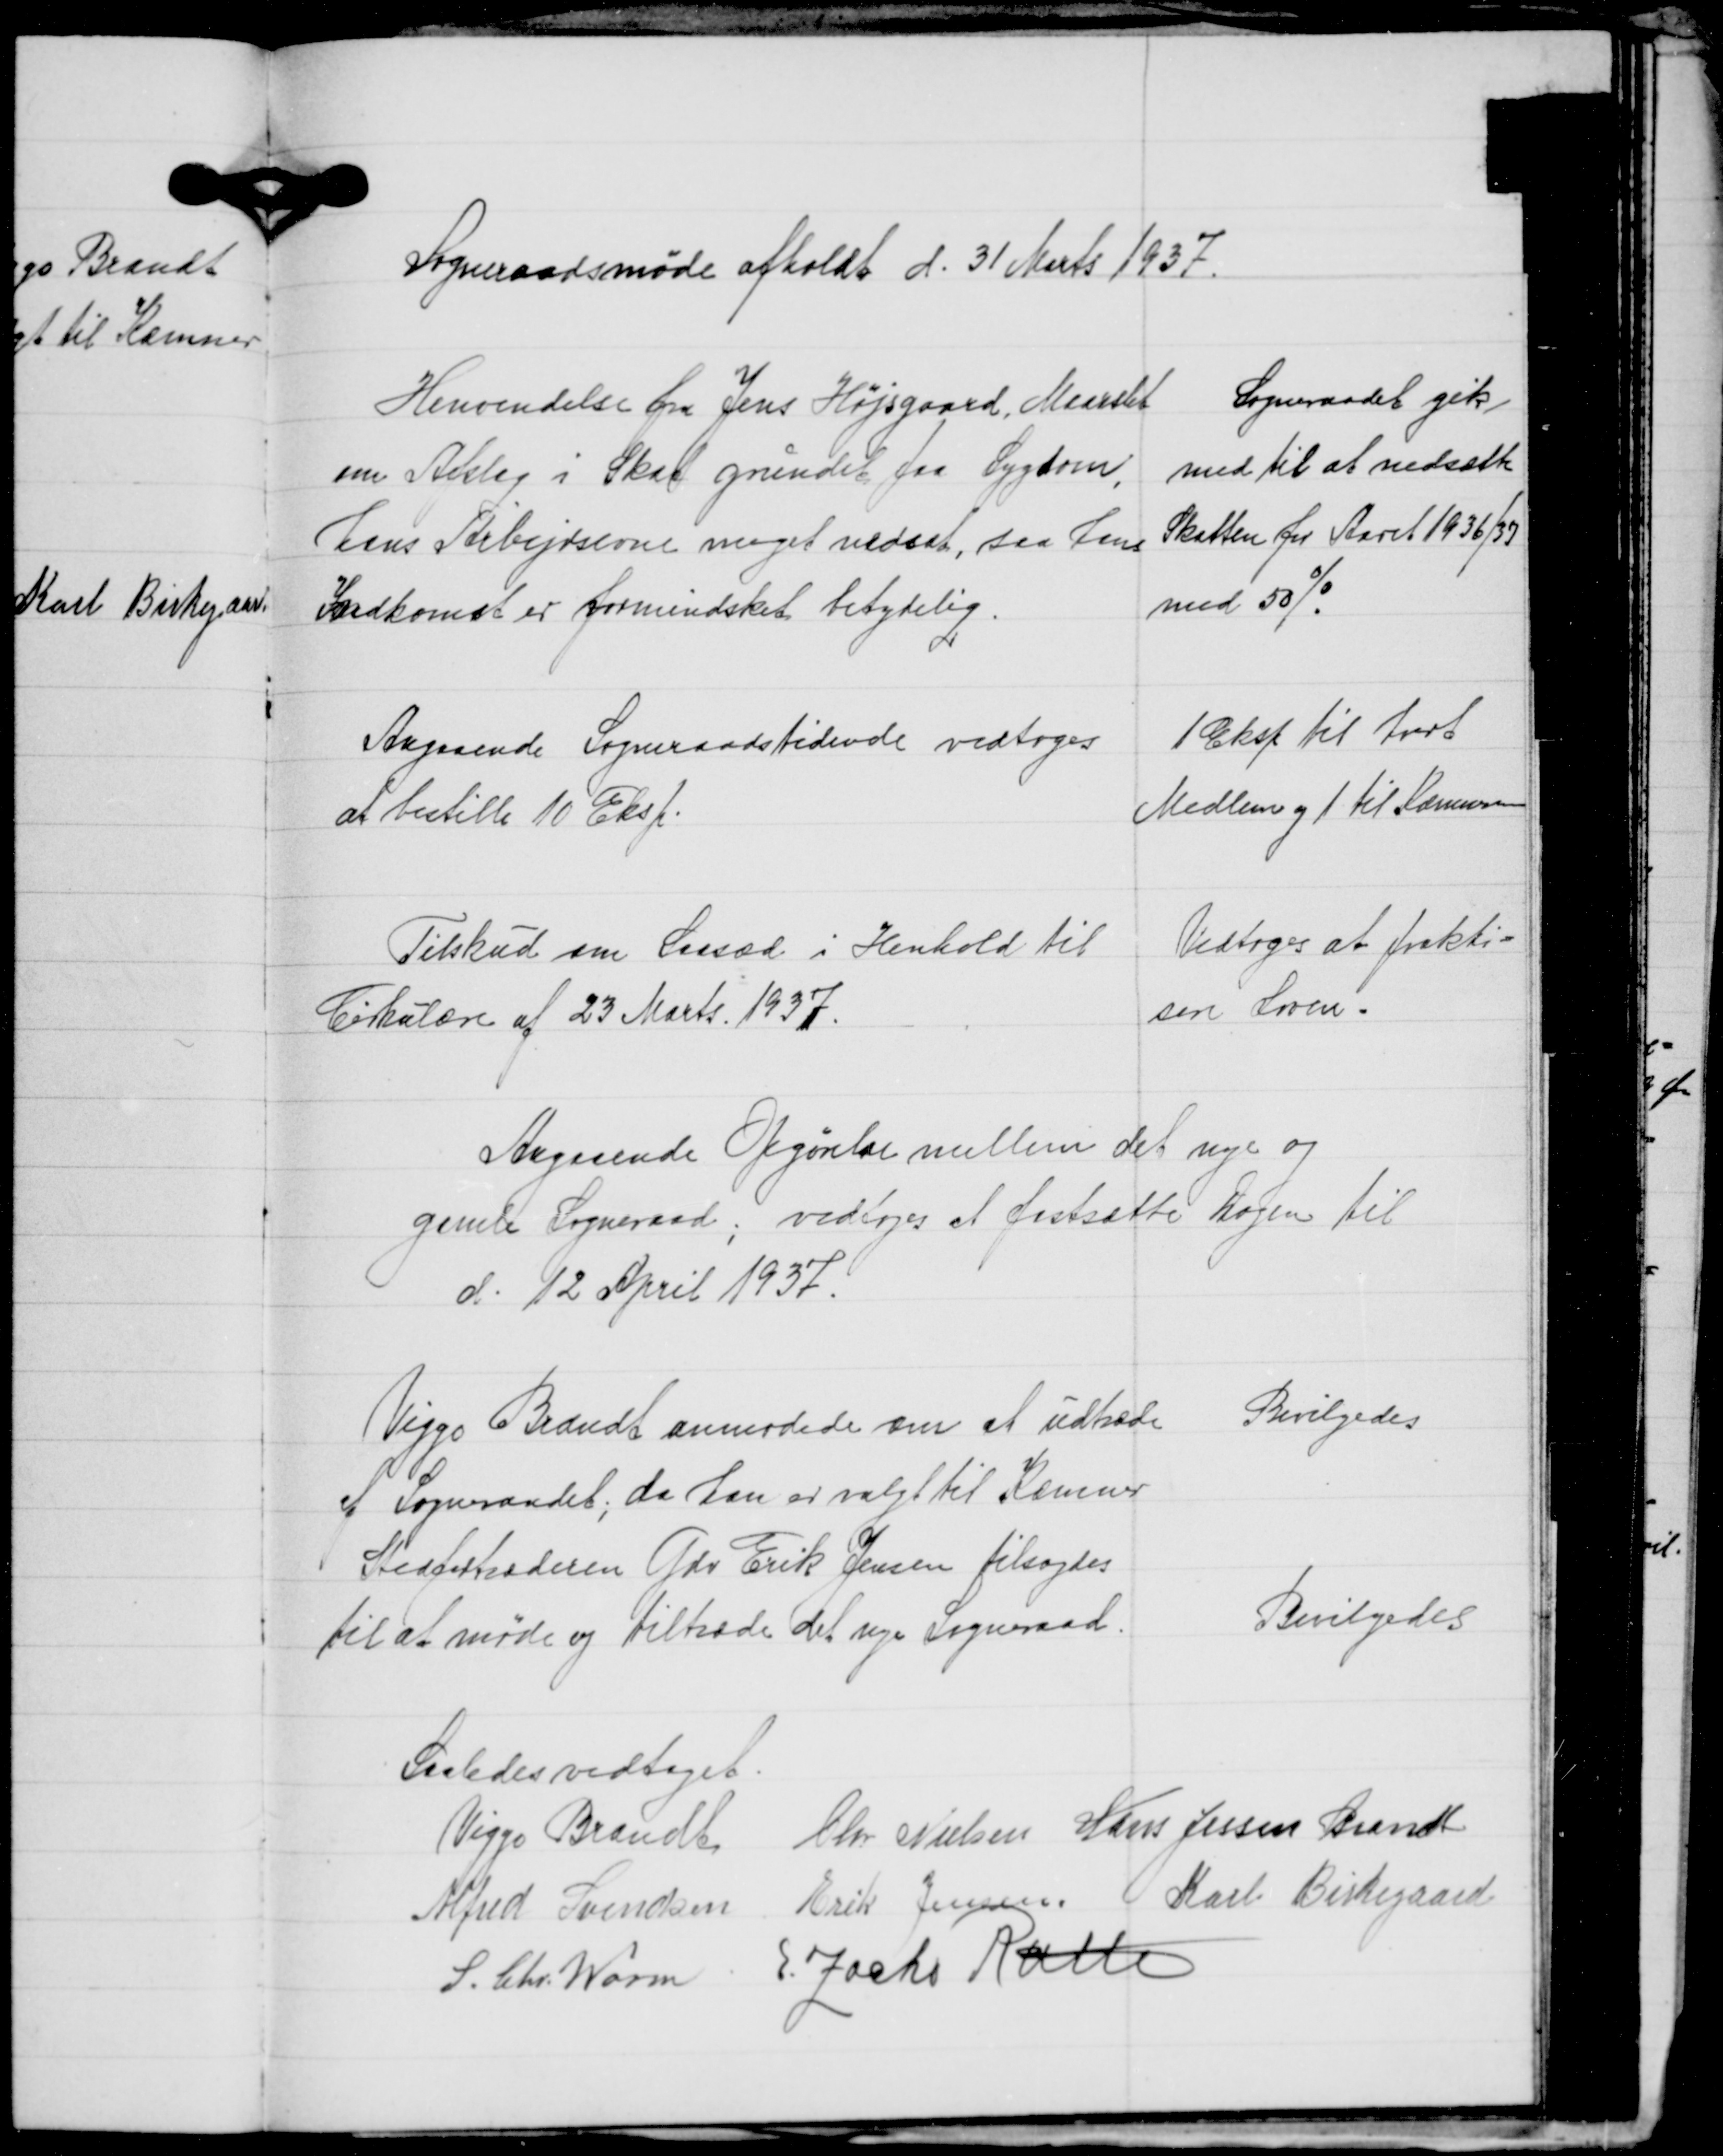
Transskription:
Sogneraadsmøde afholdt d. 31 Marts 1937.

Henvendelse fra Jens Højsgaard, Maarslet
om Afslag i Skat grundet paa Sygdom,
hans Arbejdsevne meget nedsat, saa hans
Indkomst er formindsket betydelig.

Sogneraadet gik
med til at nedsætte
Skatten for Aaret 1936/37
med 50%.

Angaaende Sogneraadstidende vedtoges
at bestille 10 Eksp.

1 Eksp. til hvert
Medlem og 1 til Kæmneren

Tilskud om Saasæd i Henhold til
Cirkulære af 23 Marts. 1937.

Vedtoges at prakti-
sere Loven.

Angaaende Opgørelse mellem det nye og
gamle Sogneraad; vedtoges at fastsætte Dagen til
d. 12 April 1937.

Veiggo Brandt anmodede om at udtræde
af Sogneraadet, da han er valgt til Kæmner
Stedfortræderen Gdr. Erik Jensen tilsagdes
til at møde og Tiltræde det nye Sogneraad.

Bevilgedes

Bevilgedes

Saaledes vedtaget.
Viggo Brandt Chr. Nielsen Hans Jessen Brandt
Alfred Svendsen Erik Jensen Karl Birkegaard
S. Chr. Worm E. Zacho Rath